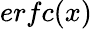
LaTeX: erfc(x)